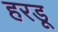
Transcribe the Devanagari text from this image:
हरडू